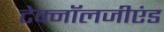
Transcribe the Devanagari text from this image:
टेक्नॉलजीएंड